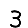
Digit: 3